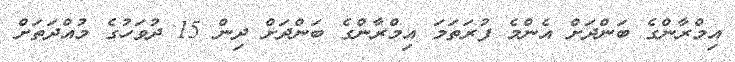
އިމްރާންގެ ބަންދަށް އެންމެ ފުރަތަމަ އިމްރާންގެ ބަންދަށް ދިން 15 ދުވަހުގެ މުއްދަތަށް